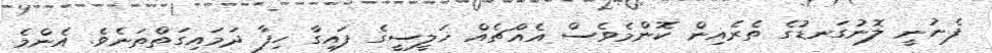
ފެނުނީ ލޮނުގަނޑުގެ ތެރެއިން ކޮންމެވެސް އެއްޗެއް ޚަލީސީގެ ފައިގާ ހިފާ ދަމައިގަތްތަނެވެ. އެންމެ